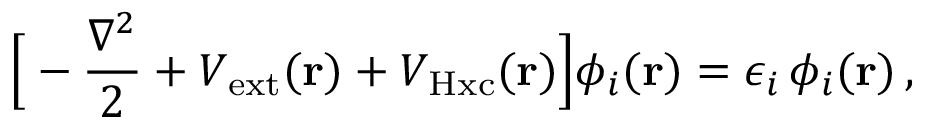
\Big [ - \frac { \nabla ^ { 2 } } { 2 } + V _ { \mathrm { e x t } } ( { \bf r } ) + V _ { \mathrm { H x c } } ( { \bf r } ) \Big ] \phi _ { i } ( { \bf r } ) = \epsilon _ { i } \, \phi _ { i } ( { \bf r } ) \, ,